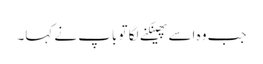
جب وہ اسے پھینکنے لگا تو باپ نے کہا۔